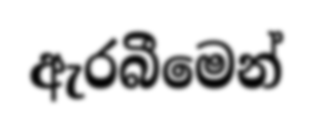
ඇරබීමෙන්